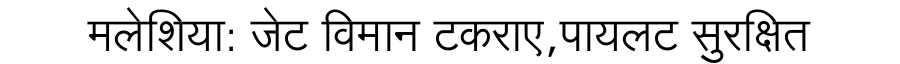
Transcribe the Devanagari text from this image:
मलेशिया: जेट विमान टकराए,पायलट सुरक्षित